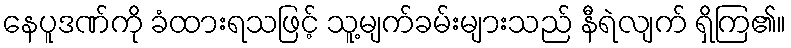
နေပူဒဏ်ကို ခံထားရသဖြင့် သူ့မျက်ခမ်းများသည် နီရဲလျက် ရှိကြ၏။